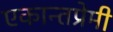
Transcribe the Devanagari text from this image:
एकान्तप्रेमी